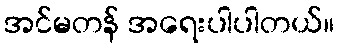
အင်မတန် အရေးပါပါတယ်။